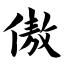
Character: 傲